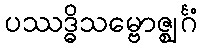
ပဿဒ္ဓိသမ္ဗောဇ္ဈင်္ဂံ